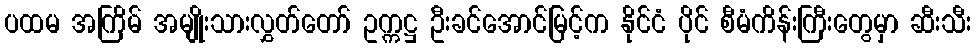
ပထမ အကြိမ် အမျိုးသားလွှတ်တော် ဥက္ကဋ္ဌ ဦးခင်အောင်မြင့်က နိုင်ငံ ပိုင် စီမံကိန်းကြီးတွေမှာ ဆီးသီး